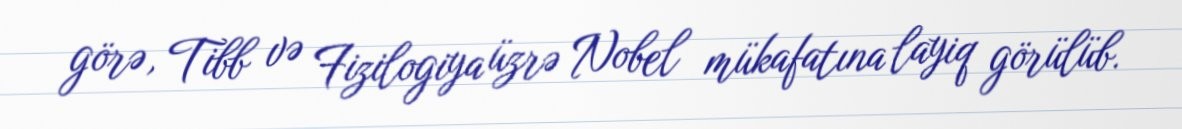
görə, Tibb və Fizilogiya üzrə Nobel mükafatına layiq görülüb.